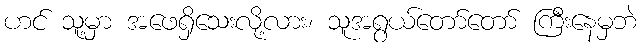
ဟင် သူ့မှာ အဖေရှိသေးလို့လား၊ သူအရွယ်တော်တော် ကြီးနေမှဘဲ